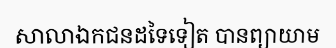
សាលាឯកជនដទៃទៀត បានព្យាយាម